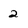
Character: 2